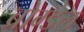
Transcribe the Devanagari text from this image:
ब्रोग्डेल